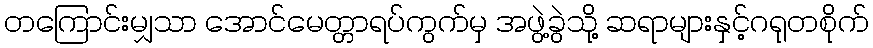
တကြောင်းမျှသာ အောင်မေတ္တာရပ်ကွက်မှ အဖွဲ့ခွဲသို့ ဆရာများနှင့်ဂရုတစိုက်